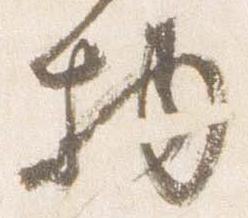
物